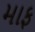
માફ